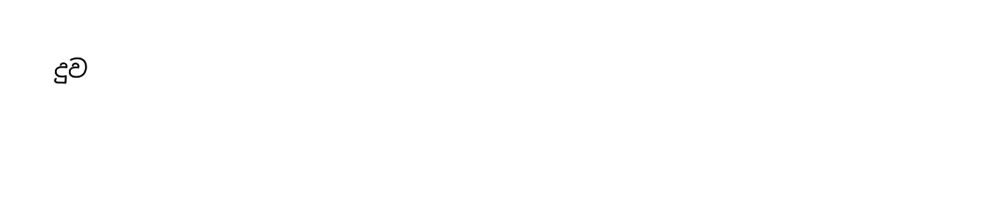
දුව